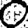
Digit: 0